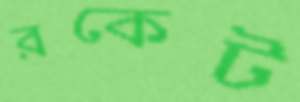
রকেট